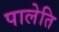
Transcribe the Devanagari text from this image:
पालेति